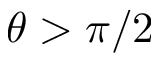
\theta > \pi / 2